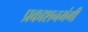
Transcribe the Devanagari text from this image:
प्रकाशनभंगी